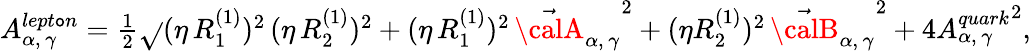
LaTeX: A_{\alpha,\, \gamma}^{lept\mathtt{o}n}=\textstyle{\frac{{1}}{{2}}}\sqrt{}{{(\eta\, {R_{1}^{(1)}})^{2}\, (\eta\, {R_{2}^{(1)}})^{2}+(\eta\, {R_{1}^{(1)}})^{2}\, {\vec{{\calA}}_{\alpha,\, \gamma}}^{2}+(\eta{R_{2}^{(1)}})^{2}\, {\vec{{\calB}}_{\alpha,\, \gamma}}^{2}+4{A_{\alpha,\, \gamma}^{quark}}^{2}}},